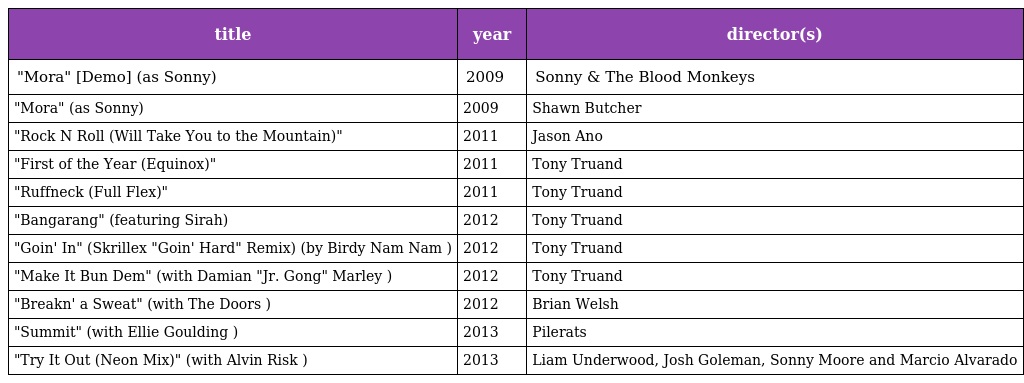
| title | year | director(s) |
 | --- | --- | --- |
 | "Mora" [Demo] (as Sonny) | 2009 | Sonny & The Blood Monkeys |
 | "Mora" (as Sonny) | 2009 | Shawn Butcher |
 | "Rock N Roll (Will Take You to the Mountain)" | 2011 | Jason Ano |
 | "First of the Year (Equinox)" | 2011 | Tony Truand |
 | "Ruffneck (Full Flex)" | 2011 | Tony Truand |
 | "Bangarang" (featuring Sirah) | 2012 | Tony Truand |
 | "Goin' In" (Skrillex "Goin' Hard" Remix) (by Birdy Nam Nam ) | 2012 | Tony Truand |
 | "Make It Bun Dem" (with Damian "Jr. Gong" Marley ) | 2012 | Tony Truand |
 | "Breakn' a Sweat" (with The Doors ) | 2012 | Brian Welsh |
 | "Summit" (with Ellie Goulding ) | 2013 | Pilerats |
 | "Try It Out (Neon Mix)" (with Alvin Risk ) | 2013 | Liam Underwood, Josh Goleman, Sonny Moore and Marcio Alvarado |